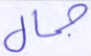
جمال